Medical and sanitary report of the native army of Bengal for the year
Year: 1875
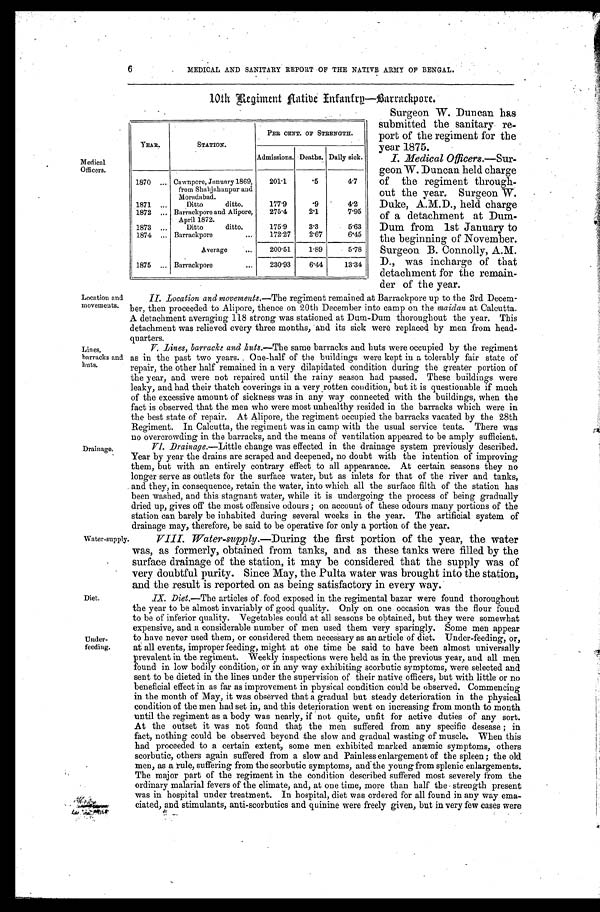
Drainage.
Water supply
Location and
movements.
Lines,
barracks and
huts.
Diet.
Under
-
feeding.
6
MEDICAL AND SANITARY REPORT OF THE NATIVE ARMY OF BENGAL.
10th Regiment Aatibe Infantrg—Barrackpore.
Medical
Officers.
YEAR.
STATION.
PER CENT. OF STRENGTH.
Admissions. Deaths. Daily sick.
1870 . . . Cawnpore, January 1869,
from Shahjahanpur and
Moradabad.
201.1
. 5
4.7
1871 . . .
Ditto ditto.
177.9
.9
4.2
1872 . . . Barrackpore and Alipore,
April 1872.
275.4
2.1
7.95
1873 . . .
Ditto ditto.
175.9
3.3
5.63
1874 . . . Barrackpore . . .
172.27
2.67
6.45
Average . . .
200.51
1.89
5.78
1875 . . . Barrackpore . . .
230.93
6.44
13.34
Surgeon W. Duncan has
submitted the sanitary re
-
port of the regiment for the
year 1875.
I. Medical Officers.— Sur
-
geon W. Duncan held charge
of the regiment through
-
out the year. Surgeon W.
Duke, A.M.D., held charge
of a detachment at Dum
-
Dum from 1st January to
the beginning of November.
Surgeon B. Connolly, A.M.
D., was incharge of that
detachment for the remain
-
der of the year.
II. Location and movements.—The regiment remained at Barrackpore up to the 3rd Decem
-
ber, then proceeded to Alipore, thence on 20th December into camp on the maidan at Calcutta.
A detachment averaging 118 strong was stationed at Dum-Dum thoroughout the year. This
detachment was relieved every three months, and its sick were replaced by men from head
-
quarters.
V. Lines, barracks and huts.— The same barracks and huts were occupied by the regiment
as in the past two years. One-half of the buildings were kept in a tolerably fair state of
repair, the other half remained in a very dilapidated condition during the greater portion of
the year, and were not repaired until the rainy season had passed. These buildings were
leaky, and had their thatch coverings in a very rotten condition, but it is questionable if much
of the excessive amount of sickness was in any way connected with the buildings, when the
fact is observed that the men who were most unhealthy resided in the barracks which were in
the best state of repair. At Alipore, the regiment occupied the barracks vacated by the 28th
Regiment. In Calcutta, the regiment was in camp with the usual service tents. There was
no overcrowding in the barracks, and the means of ventilation appeared to be amply sufficient.
VI. Drainage.— Little change was effected in the drainage system previously described.
Year by year the drains are scraped and deepened, no doubt with the intention of improving
them, but with an entirely contrary effect , to all appearance. At certain seasons they no
longer serve as outlets for the surface water, but as inlets for that of the river and tanks,
and they, in consequence, retain the water, into which all the surface filth of the station has
been washed, and this stagnant water, while it is undergoing the process of being gradually
dried up, gives off the most offensive odours ; on account of these odours many portions of the
station can barely be inhabited during several weeks in the year. The artificial system of
drainage may, therefore, be said to be operative for only a portion of the year.
VIII. Water-supply.—During the first portion of the year, the water
was, as formerly, obtained from tanks, and as these tanks were filled by the
surface drainage of the station, it may be considered. that the supply was of
very doubtful purity. Since May, the Pulta water was brought into the station,
and the result is reported on as being satisfactory in every way.
IX. Diet.—The articles of_ food exposed in the regimental bazar were found thoroughout
the year to be almost invariably of good quality. Only on one occasion was the flour found
to be of inferior quality. Vegetables could at all seasons be obtained, but they were somewhat
expensive, and a considerable number of men used them very sparingly. Some men appear
to have never used them, or considered them necessary as an article of diet. Under-feeding, or,
at all events, improper feeding, might at one time be said to have been almost universally
prevalent in the regiment. Weekly inspections were held as in the previous year, and all men
found in low bodily condition, or in any way exhibiting scorbutic symptoms, were selected and
sent to be dieted in the lines under the supervision of their native officers, but with little or no
beneficial effect in as far as improvement in physical condition could be observed. Commencing
in the month of May, it was observed that a gradual but steady deterioration in the physical
condition of the men had set in, and this deterioration went on increasing from month to month
until the regiment as a body was nearly, if not quite, unfit for active duties of any sort.
At the outset it was not found that the men suffered from any specific desease ; in
fact, nothing could be observed beyond the slow and gradual wasting of muscle. When this
had proceeded to a certain extent, some men exhibited marked anæmic symptoms, others
scorbutic, others again suffered from a slow and Painless enlargement of the spleen ; the old
men, as a rule, suffering from the scorbutic symptoms, and the young from splenic enlargements.
The major part of the regiment in the condition described suffered most severely from the
ordinary malarial fevers of the climate, and, at one time, more than half the . strength present
was in hospital under treatment. In hospital, diet was ordered for all found in any way ema
-
ciated, and stimulants, anti-scorbutics and quinine were freely given, but in very few cases were